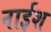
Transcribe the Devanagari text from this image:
नाईश